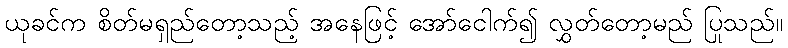
ယုခင်က စိတ်မရှည်တော့သည့် အနေဖြင့် အော်ငေါက်၍ လွှတ်တော့မည် ပြုသည်။